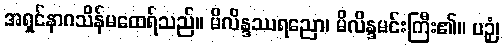
အရှင်နာဂသိန်မထေရ်သည်။ မိလိန္ဒဿရညော၊ မိလိန္ဒမင်းကြီး၏။ ပဉှံ၊